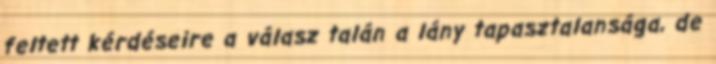
feltett kérdéseire a válasz talán a lány tapasztalansága, de